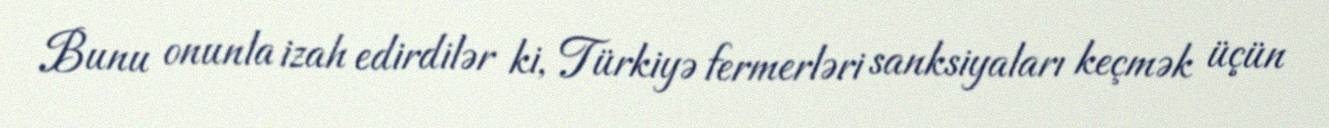
Bunu onunla izah edirdilər ki, Türkiyə fermerləri sanksiyaları keçmək üçün